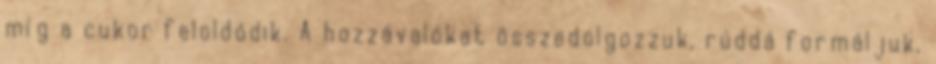
míg a cukor feloldódik. A hozzávalókat összedolgozzuk, rúddá formáljuk,